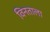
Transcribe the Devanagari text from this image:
विनताला